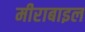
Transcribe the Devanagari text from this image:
मीराबाइल